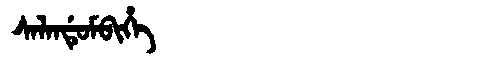
Manchu: ᠰᠠᠯᠠᠨᡩᡠᠮᠪᡳᡥᡝ
Romanization: SALANDUMBIHE